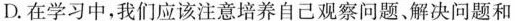
D.在学习中，我们应该注意培养自己观察问题、解决问题和